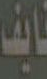
نايف